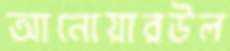
আনোয়ারউল